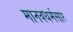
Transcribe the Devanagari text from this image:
मानवधर्मसार